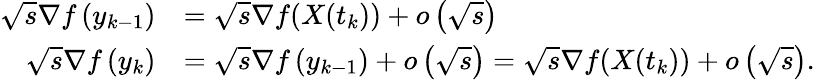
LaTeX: \begin{array}{rl}{\sqrt{s}\nabla f\left(y_{k-1}\right)}&{=\sqrt{s}\nabla f(X(t_{k}))+o\left(\sqrt{s}\right)}\\ {\sqrt{s}\nabla f\left(y_{k}\right)}&{=\sqrt{s}\nabla f\left(y_{k-1}\right)+o\left(\sqrt{s}\right)=\sqrt{s}\nabla f(X(t_{k}))+o\left(\sqrt{s}\right).}\end{array}